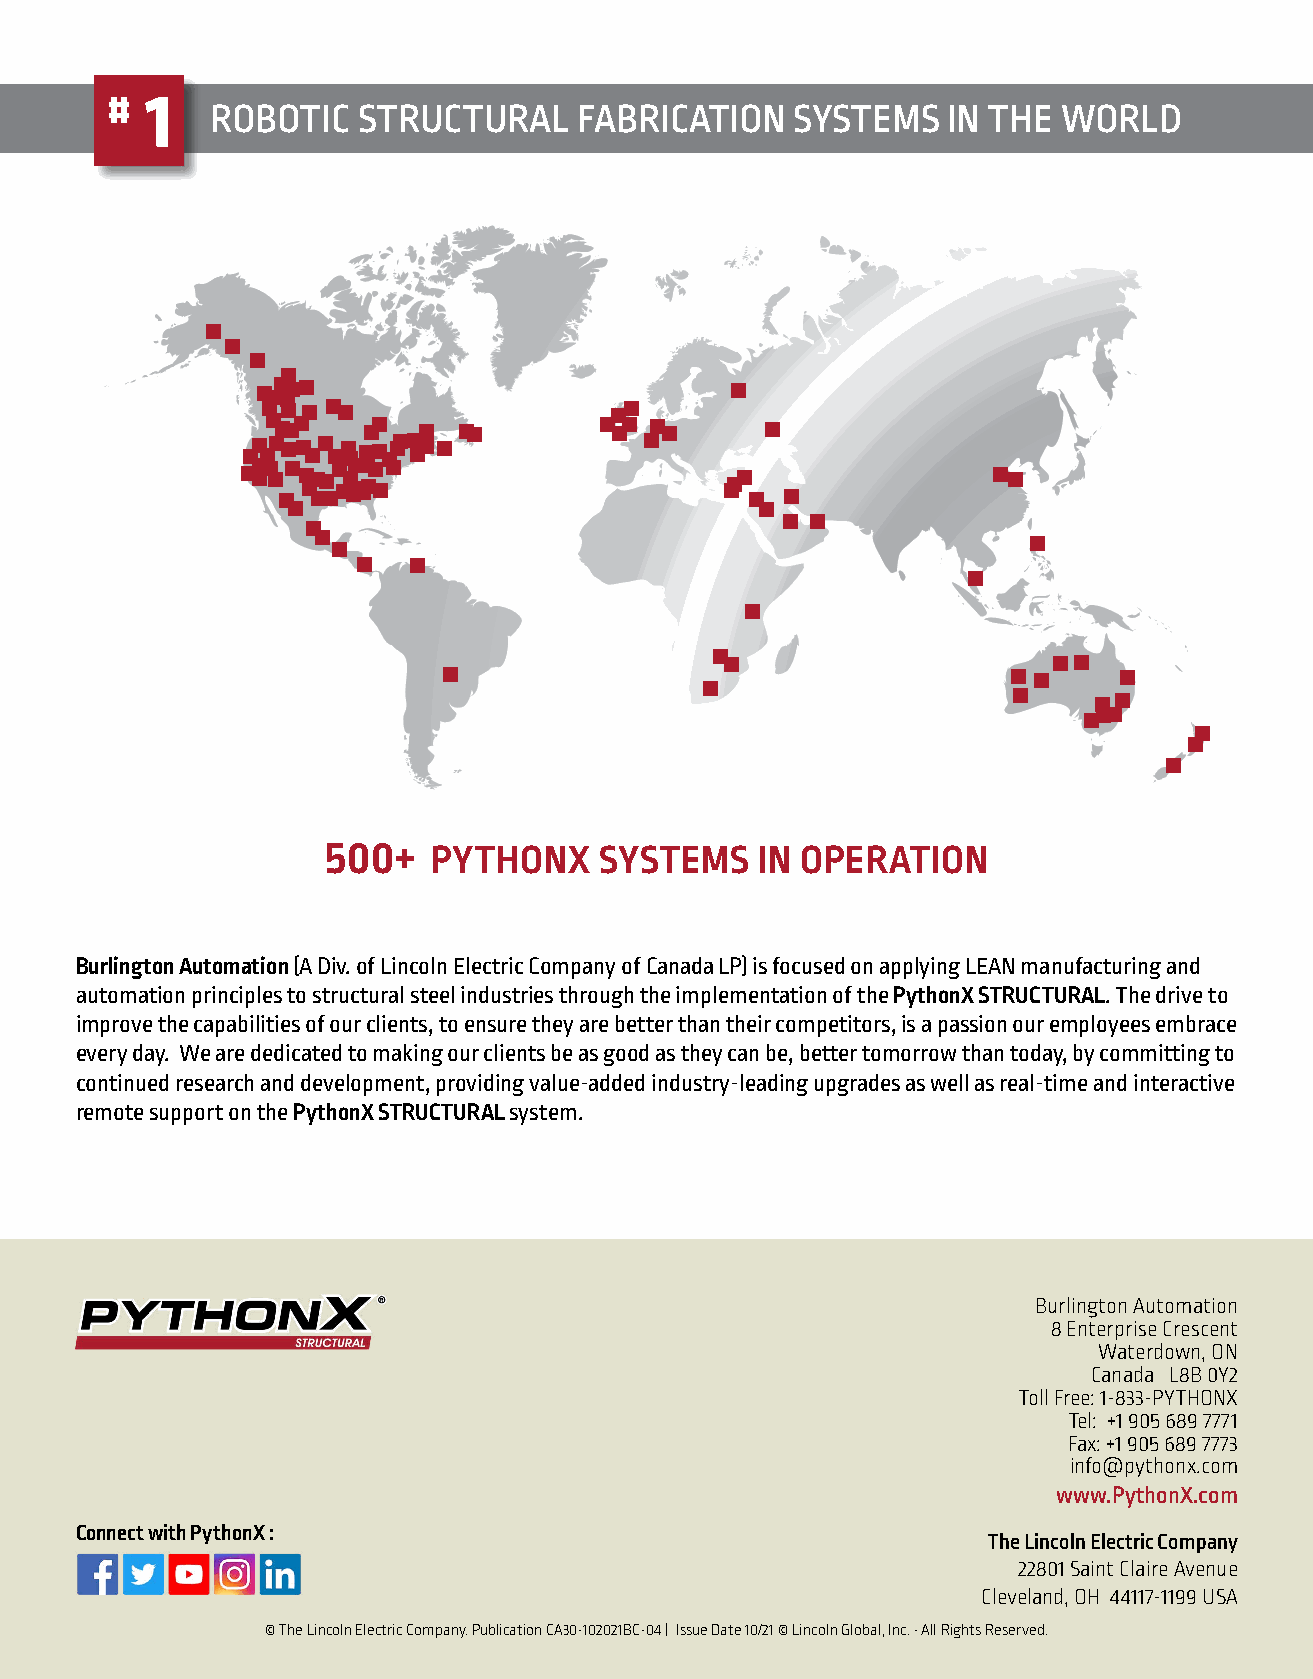
#  1
 ROBOTIC   STRUCTURAL    FABRICATION    SYSTEMS   IN THE WORLD
 500+    PYTHONX    SYSTEMS   IN OPERATION
 Burlington Automation (A Div. of Lincoln Electric Company of Canada LP) is focused on applying LEAN manufacturing and
 automation principles to structural steel industries through the implementation of the PythonX STRUCTURAL. The drive to
 improve the capabilities of our clients, to ensure they are better than their competitors, is a passion our employees embrace
 every day. We are dedicated to making our clients be as good as they can be, better tomorrow than today, by committing to
 continued research and development, providing value-added industry-leading upgrades as well as real-time and interactive
 remote support on the PythonX STRUCTURAL system.
 Burlington Automation
 8 Enterprise Crescent
 Waterdown, ON
 Canada L8B 0Y2
 Toll Free: 1-833-PYTHONX
 Tel: +1 905 689 7771
 Fax: +1 905 689 7773
 info@pythonx.com
 www.PythonX.com
 Connect with PythonX :
 The Lincoln Electric Company
 22801 Saint Claire Avenue
 Cleveland, OH 44117-1199 USA
 © The Lincoln Electric Company. Publication CA30-102021BC-04 | Issue Date 10/21 © Lincoln Global, Inc. • All Rights Reserved.